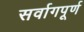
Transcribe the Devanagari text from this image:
सर्वागपूर्ण